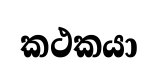
කථකයා